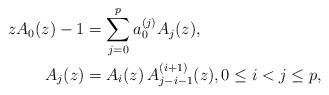
LaTeX: \begin{align*}zA_{0}(z)-1 & =\sum_{j=0}^{p} a_{0}^{(j)} A_{j}(z),\\A_{j}(z) & =A_{i}(z)\,A_{j-i-1}^{(i+1)}(z),0\leq i<j\leq p,\end{align*}